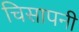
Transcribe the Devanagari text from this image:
चिसापनी